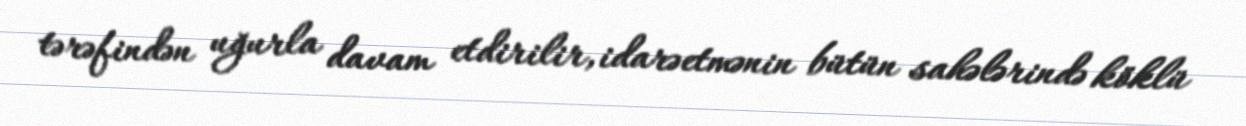
tərəfindən uğurla davam etdirilir, idarəetmənin bütün sahələrində köklü